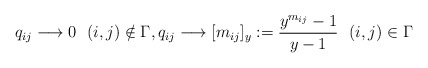
\begin{gather*}q_{ij} \longrightarrow 0 \ \ (i,j) \notin \Gamma, q_{ij}\longrightarrow [m_{ij}]_{y}:= \frac{y^{m_{ij}}-1}{y-1} \ \ (i,j) \in\Gamma\end{gather*}